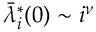
\bar { \lambda } _ { i } ^ { * } ( 0 ) \sim i ^ { \nu }